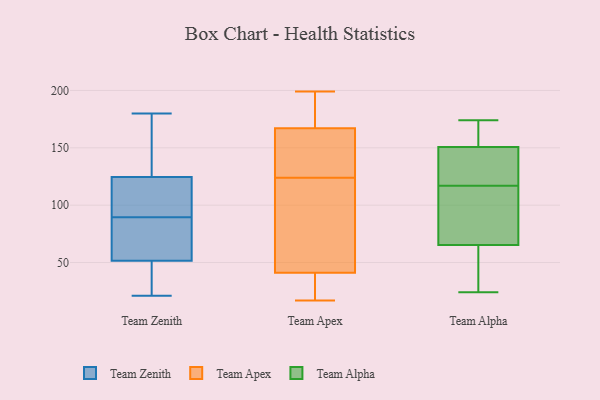
{"axis": {"x": "Satisfaction Score", "y": "Value"}, "legend": ["Team Alpha", "Team Apex", "Team Zenith"], "data": [{"x": "", "y": 61, "type": "Team Zenith"}, {"x": "", "y": 58, "type": "Team Zenith"}, {"x": "", "y": 45, "type": "Team Zenith"}, {"x": "", "y": 143, "type": "Team Zenith"}, {"x": "", "y": 102, "type": "Team Zenith"}, {"x": "", "y": 36, "type": "Team Zenith"}, {"x": "", "y": 21, "type": "Team Zenith"}, {"x": "", "y": 80, "type": "Team Zenith"}, {"x": "", "y": 63, "type": "Team Zenith"}, {"x": "", "y": 41, "type": "Team Zenith"}, {"x": "", "y": 100, "type": "Team Zenith"}, {"x": "", "y": 99, "type": "Team Zenith"}, {"x": "", "y": 145, "type": "Team Zenith"}, {"x": "", "y": 106, "type": "Team Zenith"}, {"x": "", "y": 180, "type": "Team Zenith"}, {"x": "", "y": 154, "type": "Team Zenith"}, {"x": "", "y": 180, "type": "Team Apex"}, {"x": "", "y": 76, "type": "Team Apex"}, {"x": "", "y": 136, "type": "Team Apex"}, {"x": "", "y": 199, "type": "Team Apex"}, {"x": "", "y": 171, "type": "Team Apex"}, {"x": "", "y": 22, "type": "Team Apex"}, {"x": "", "y": 37, "type": "Team Apex"}, {"x": "", "y": 39, "type": "Team Apex"}, {"x": "", "y": 162, "type": "Team Apex"}, {"x": "", "y": 52, "type": "Team Apex"}, {"x": "", "y": 184, "type": "Team Apex"}, {"x": "", "y": 17, "type": "Team Apex"}, {"x": "", "y": 163, "type": "Team Apex"}, {"x": "", "y": 112, "type": "Team Apex"}, {"x": "", "y": 43, "type": "Team Apex"}, {"x": "", "y": 137, "type": "Team Apex"}, {"x": "", "y": 87, "type": "Team Alpha"}, {"x": "", "y": 94, "type": "Team Alpha"}, {"x": "", "y": 162, "type": "Team Alpha"}, {"x": "", "y": 48, "type": "Team Alpha"}, {"x": "", "y": 139, "type": "Team Alpha"}, {"x": "", "y": 117, "type": "Team Alpha"}, {"x": "", "y": 174, "type": "Team Alpha"}, {"x": "", "y": 157, "type": "Team Alpha"}, {"x": "", "y": 58, "type": "Team Alpha"}, {"x": "", "y": 141, "type": "Team Alpha"}, {"x": "", "y": 24, "type": "Team Alpha"}, {"x": "", "y": 49, "type": "Team Alpha"}, {"x": "", "y": 121, "type": "Team Alpha"}, {"x": "", "y": 111, "type": "Team Alpha"}, {"x": "", "y": 154, "type": "Team Alpha"}]}